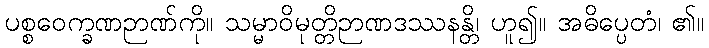
ပစ္စဝေက္ခဏဉာဏ်ကို။ သမ္မာဝိမုတ္တိဉာဏဒဿနန္တိ၊ ဟူ၍။ အဓိပ္ပေတံ၊ ၏။